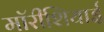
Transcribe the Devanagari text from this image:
मॉरीशियाई